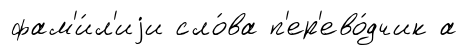
фам'и́л'иjи сло́ва п'ер'ево́дчик а